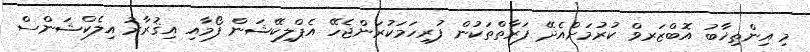
މި އިންތިޚާބު އޮބްޒަރވް ކުރުމަށްއެދޭ ފަރާތްތަކުން ފުރިހަމަކުރަންޖެހޭ އެޕްލިކޭޝަން ފޯމާއި އިޤުރާރު އިލެކްޝަންސް